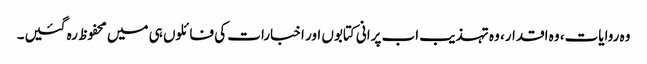
وہ روایات، وہ اقدار، وہ تہذیب اب پرانی کتابوں اور اخبارات کی فائلوں ہی میں محفوظ رہ گئیں۔